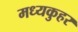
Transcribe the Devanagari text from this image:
मध्यकुहर